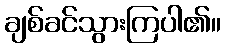
ချစ်ခင်သွားကြပါ၏။